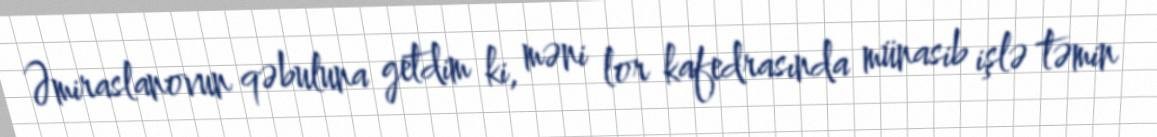
Əmiraslanovun qəbuluna getdim ki, məni lor kafedrasında münasib işlə təmin